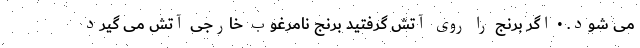
می شود. • اگر برنج را روی آتش گرفتید برنج نامرغوب خارجی آتش می گیرد